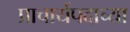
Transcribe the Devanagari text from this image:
प्राचार्यपदाच्या